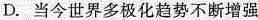
D.当今世界多极化趋势不断增强